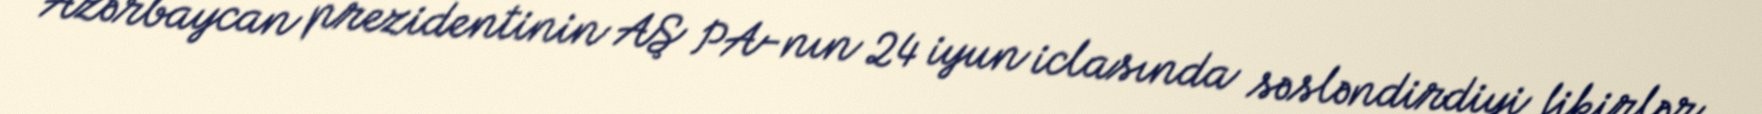
Azərbaycan prezidentinin AŞ PA-nın 24 iyun iclasında səsləndirdiyi fikirlər